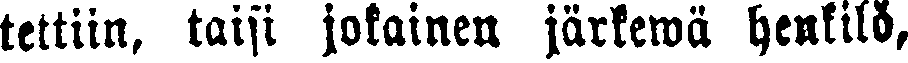
tettiin, taisi jokainen järkewä henkilö,